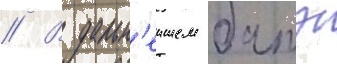
// В дальн'еишем батэ